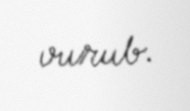
vurub.